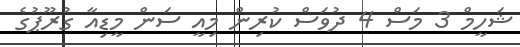
ޝަހީމް 3 މަސް 4 ދުވަސް ކުރިން މިއީ ސަން މީޑިއާ ގުރޫޕުގެ